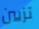
تزيين